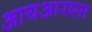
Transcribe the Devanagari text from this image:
आयआरएस